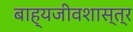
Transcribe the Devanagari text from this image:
बाह्यजीवशास्त्र